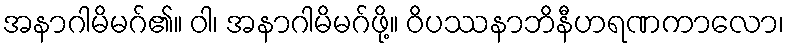
အနာဂါမိမဂ်၏။ ဝါ၊ အနာဂါမိမဂ်ဖို့။ ဝိပဿနာဘိနီဟရဏကာလော၊